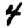
Digit: 4